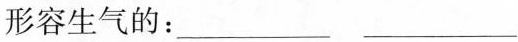
形容生气的：___ ___